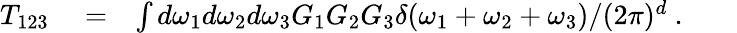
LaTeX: \begin{array}{rlr}{T_{123}}&{{}=}&{\int d\omega_{1}d\omega_{2}d\omega_{3}G_{1}G_{2}G_{3}\delta(\omega_{1}+\omega_{2}+\omega_{3})/{(2\pi)^{d}}\ .~~~~~~~}\end{array}